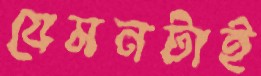
যেমনটাই